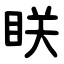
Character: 眹